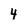
Character: 4